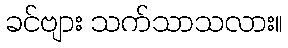
ခင်ဗျား သက်သာသလား။